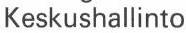
Keskushallinto